画像に写った文字を読んでください
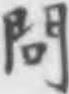
「問」と書いてあります